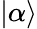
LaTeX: |\alpha\rangle